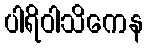
ပါရိဝါသိကေန